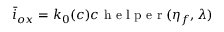
\bar { i } _ { o x } = k _ { 0 } ( c ) c \mathrm { ~ h ~ e ~ l ~ p ~ e ~ r ~ } ( \eta _ { f } , \lambda )